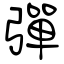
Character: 彈